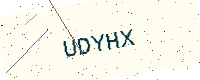
Text: UDYHX